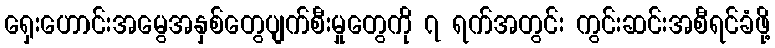
ရှေးဟောင်းအမွေအနှစ်တွေပျက်စီးမှုတွေကို ၇ ရက်အတွင်း ကွင်းဆင်းအစီရင်ခံဖို့